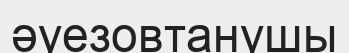
әуезовтанушы